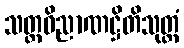
သတ္တဝိညာဏဋ္ဌိတိသုတ္တံ